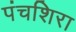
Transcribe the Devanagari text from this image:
पंचशिरा